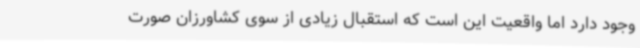
وجود دارد اما واقعیت این است که استقبال زیادی از سوی کشاورزان صورت